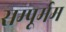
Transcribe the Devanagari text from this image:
सम्पूर्मम